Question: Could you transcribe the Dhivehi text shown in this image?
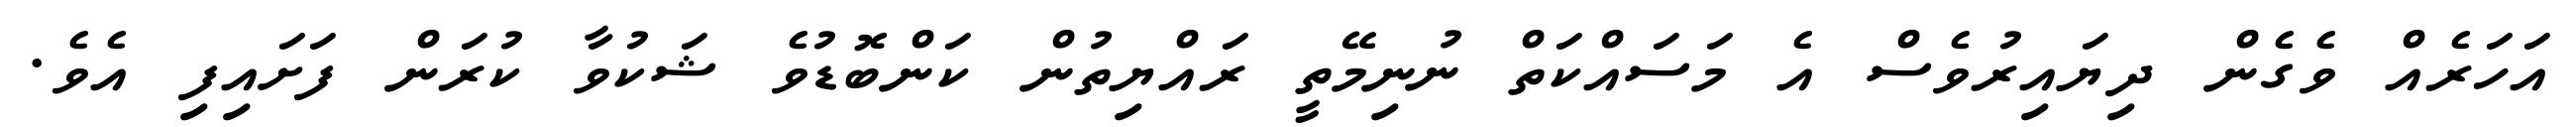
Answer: އަހަރެއް ވެގެން ދިޔައިރުވެސް އެ މަސައްކަތް ނުނިމޭތީ ރައްޔިތުން ކަންބޮޑުވެ ޝަކުވާ ކުރަން ފަށައިފި އެވެ.